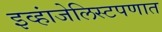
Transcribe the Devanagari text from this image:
इव्हांजेलिस्टपणात